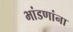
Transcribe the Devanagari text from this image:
भांडणांना